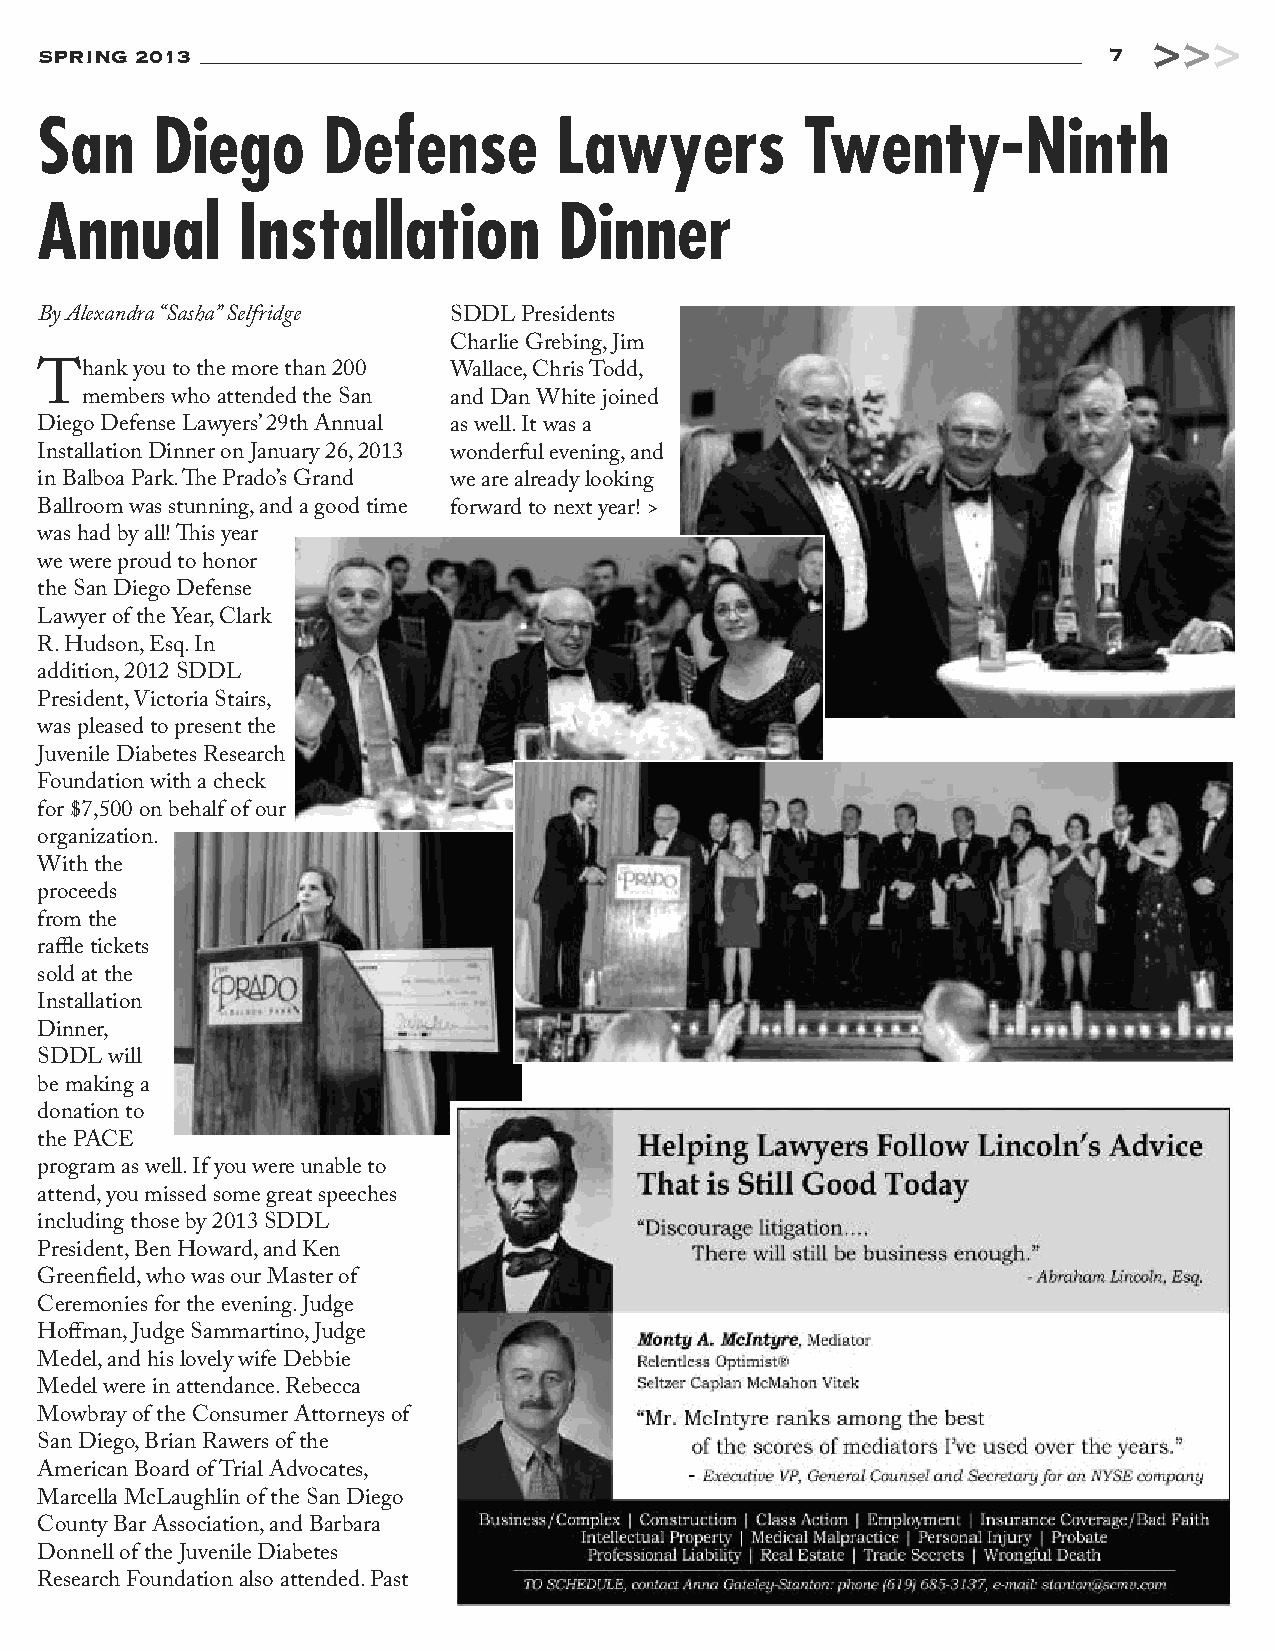
>>>
 SPRING 2013                                                            7
 San     Diego      Defense         Lawyers         Twenty-Ninth
 Annual        Installation         Dinner
 By Alexandra “Sasha” Selfridge SDDL Presidents
 Charlie Grebing, Jim
 Thank  you to the more than 200 Wallace, Chris Todd,
 members who attended the San and Dan White joined
 Diego Defense Lawyers’ 29th Annual as well. It was a
 Installation Dinner on January 26, 2013 wonderful evening, and
 in Balboa Park. The Prado’s Grand we are already looking
 Ballroom was stunning, and a good time forward to next year! >
 was had by all! This year
 we were proud to honor
 the San Diego Defense
 Lawyer of the Year, Clark
 R. Hudson, Esq. In
 addition, 2012 SDDL
 President, Victoria Stairs,
 was pleased to present the
 Juvenile Diabetes Research
 Foundation with a check
 for $7,500 on behalf of our
 organization.
 With the
 proceeds
 from the
 raffle tickets
 sold at the
 Installation
 Dinner,
 SDDL will
 be making a
 donation to
 the PACE
 program as well. If you were unable to
 attend, you missed some great speeches
 including those by 2013 SDDL
 President, Ben Howard, and Ken
 Greenfield, who was our Master of
 Ceremonies for the evening. Judge
 Hoffman, Judge Sammartino, Judge
 Medel, and his lovely wife Debbie
 Medel were in attendance. Rebecca
 Mowbray of the Consumer Attorneys of
 San Diego, Brian Rawers of the
 American Board of Trial Advocates,
 Marcella McLaughlin of the San Diego
 County Bar Association, and Barbara
 Donnell of the Juvenile Diabetes
 Research Foundation also attended. Past